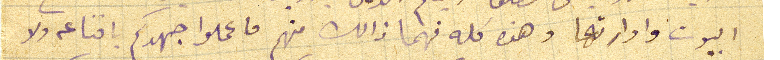
البيوت وادارتها وهذه كله فهما ذالك منهم فاعملوا جهدكم باقناعه ولا